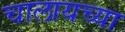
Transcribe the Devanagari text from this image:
चालायच्या